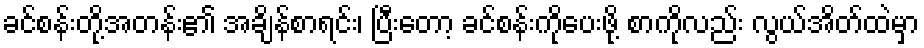
ခင်စန်းတို့အတန်း၏ အချိန်စာရင်း၊ ပြီးတော့ ခင်စန်းကိုပေးဖို့ စာကိုလည်း လွယ်အိတ်ထဲမှာ